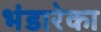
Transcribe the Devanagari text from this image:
भंडारेका